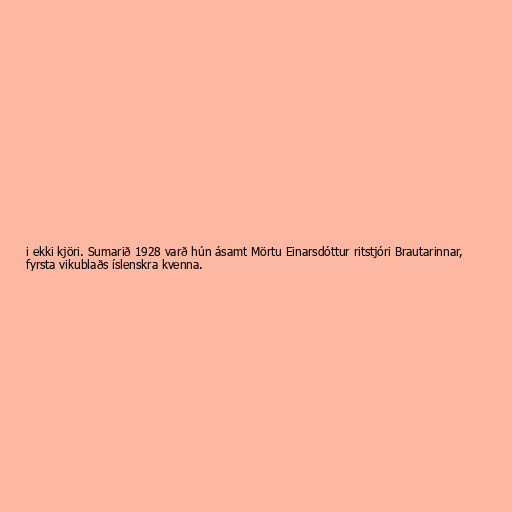
i ekki kjöri. Sumarið 1928 varð hún ásamt Mörtu Einarsdóttur ritstjóri Brautarinnar,
fyrsta vikublaðs íslenskra kvenna.